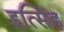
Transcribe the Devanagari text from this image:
इत्सिंह